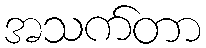
အသက်တာ